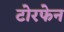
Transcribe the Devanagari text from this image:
टोरफेन